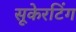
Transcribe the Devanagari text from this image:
सूकेरटिंग